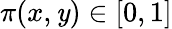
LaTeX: \pi(x,\mathit{y})\in[0,1]